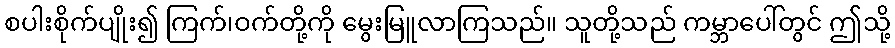
စပါးစိုက်ပျိုး၍ ကြက်၊ဝက်တို့ကို မွေးမြူလာကြသည်။ သူတို့သည် ကမ္ဘာပေါ်တွင် ဤသို့